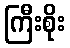
ကြီးစိုး